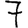
Digit: 7